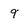
Character: 9